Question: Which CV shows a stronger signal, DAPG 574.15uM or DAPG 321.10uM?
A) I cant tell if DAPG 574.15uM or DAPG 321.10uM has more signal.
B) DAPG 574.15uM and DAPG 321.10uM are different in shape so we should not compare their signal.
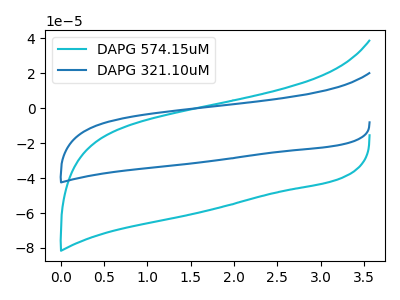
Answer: <think>The cyan curve "DAPG 574.15uM" has no peaks. The blue curve "DAPG 321.10uM" has no peaks.
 Neither "DAPG 574.15uM" or "DAPG 321.10uM" have any peaks.</think>
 <answer>A) I cant tell if "DAPG 574.15uM" or "DAPG 321.10uM" has more signal.</answer>
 <eval>A</eval>